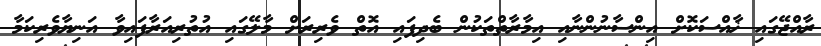
ރާއްޖޭގައި ޚާއްސަކޮށް އިންސާނުންނާއި އިމާރާތްތަކުން ބެދިފައި އޮތް ވެރިރަށް މާލޭގައި އުތުރިއަރާފައިވާ އަނިޔާވެރިކަމާ